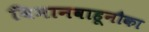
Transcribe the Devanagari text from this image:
विमानवाहूनौका